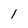
Character: 1